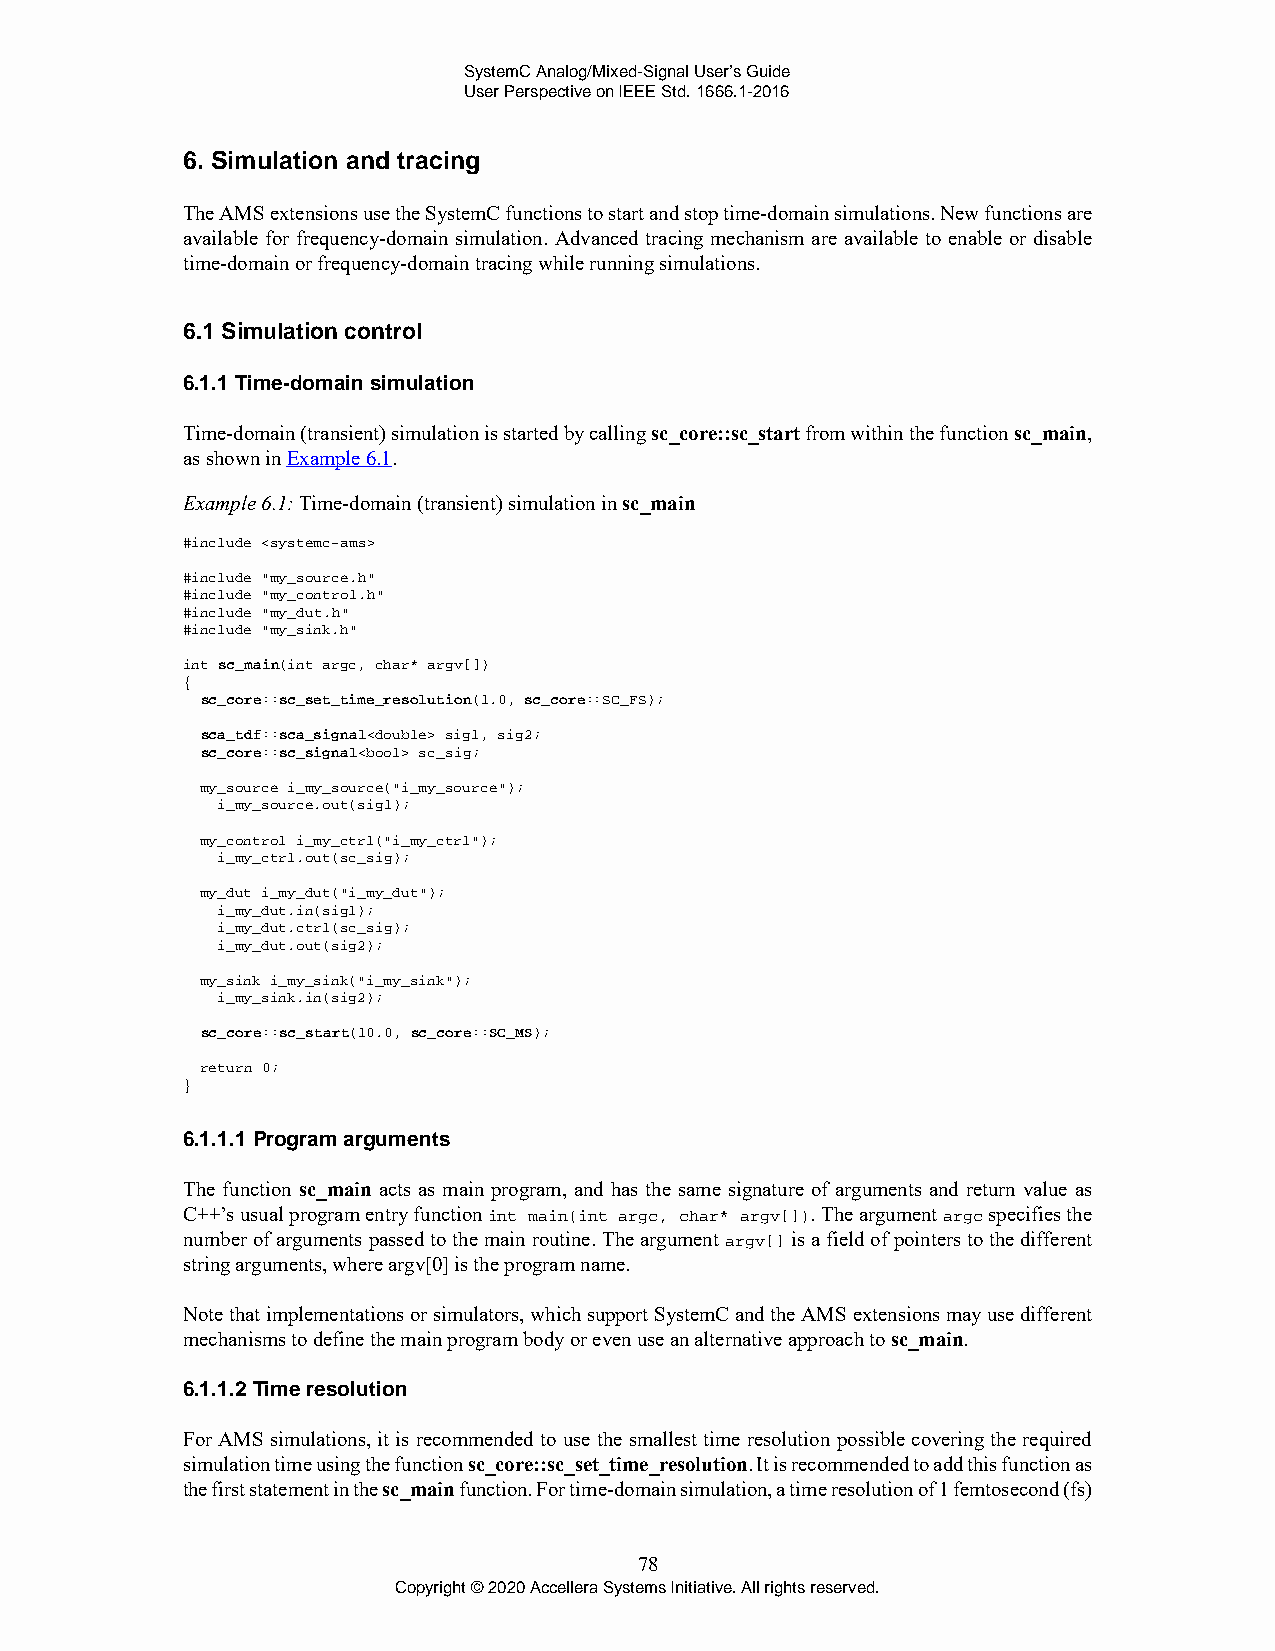
SystemC Analog/Mixed-Signal User’s Guide
 User Perspective on IEEE Std. 1666.1-2016
 6. Simulation and tracing
 The AMS extensions use the SystemC functions to start and stop time-domain simulations. New functions are
 available for frequency-domain simulation. Advanced tracing mechanism are available to enable or disable
 time-domain or frequency-domain tracing while running simulations.
 6.1 Simulation control
 6.1.1 Time-domain simulation
 Time-domain (transient) simulation is started by calling sc_core::sc_start from within the function sc_main,
 as shown in Example 6.1.
 Example 6.1: Time-domain (transient) simulation in sc_main
 #include <systemc-ams>
 #include "my_source.h"
 #include "my_control.h"
 #include "my_dut.h"
 #include "my_sink.h"
 int sc_main(int argc, char* argv[])
 {
 sc_core::sc_set_time_resolution(1.0, sc_core::SC_FS);
 sca_tdf::sca_signal<double> sig1, sig2;
 sc_core::sc_signal<bool> sc_sig;
 my_source i_my_source("i_my_source");
 i_my_source.out(sig1);
 my_control i_my_ctrl("i_my_ctrl");
 i_my_ctrl.out(sc_sig);
 my_dut i_my_dut("i_my_dut");
 i_my_dut.in(sig1);
 i_my_dut.ctrl(sc_sig);
 i_my_dut.out(sig2);
 my_sink i_my_sink("i_my_sink");
 i_my_sink.in(sig2);
 sc_core::sc_start(10.0, sc_core::SC_MS);
 return 0;
 }
 6.1.1.1 Program arguments
 The function sc_main acts as main program, and has the same signature of arguments and return value as
 C++’s usual program entry function int main(int argc, char* argv[]). The argument argc specifies the
 number of arguments passed to the main routine. The argument argv[] is a field of pointers to the different
 string arguments, where argv[0] is the program name.
 Note that implementations or simulators, which support SystemC and the AMS extensions may use different
 mechanisms to define the main program body or even use an alternative approach to sc_main.
 6.1.1.2 Time resolution
 For AMS simulations, it is recommended to use the smallest time resolution possible covering the required
 simulation time using the function sc_core::sc_set_time_resolution. It is recommended to add this function as
 the first statement in the sc_main function. For time-domain simulation, a time resolution of 1 femtosecond (fs)
 78
 Copyright © 2020 Accellera Systems Initiative. All rights reserved.